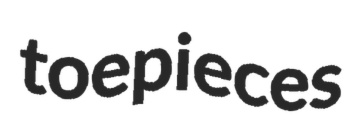
toepieces